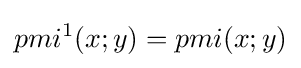
pmi^{1}(x;y)=pmi(x;y)